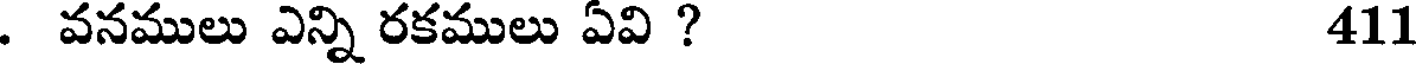
. వనములు ఎన్ని రకములు ఏవి ? 411